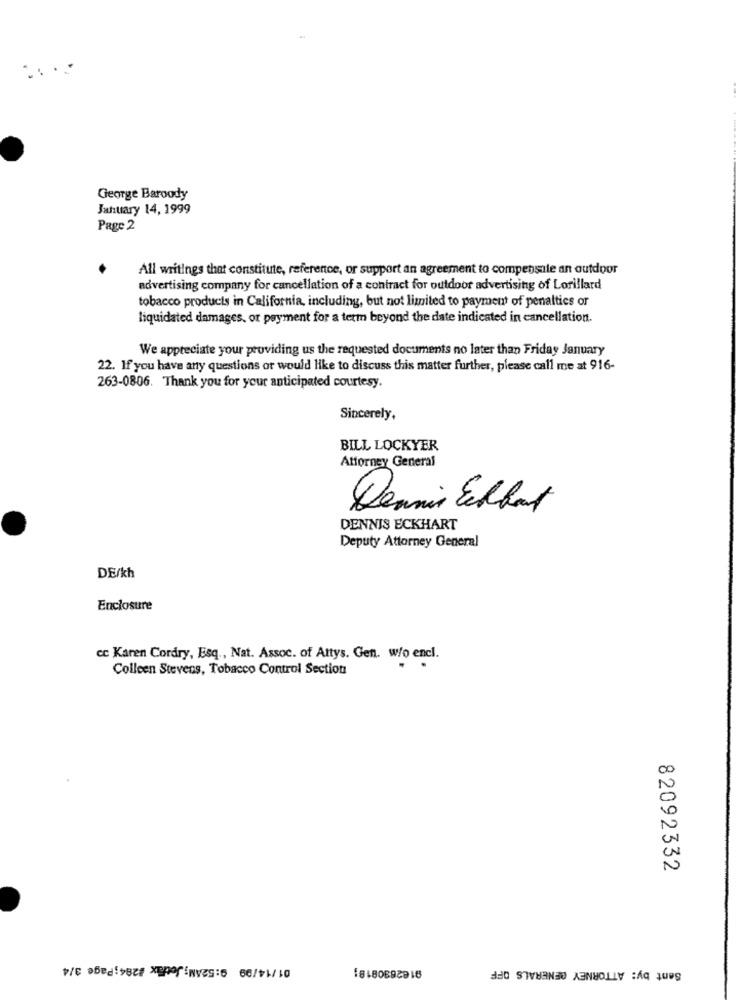
....
George Baroody
January 14, 1999
Page 2
All writings that constitute, reference, or support an agreement to compensate an outdoor
advertising company for cancellation of a contract for outdoor advertising of Lorillard
tobacco products in California, including, but not limited to payment of penalties or
liquidated damages, or payment for a term beyond the date indicated in cancellation.
We appreciate your providing us the requested documents no later than Friday January
22. If you have any questions or would like to discuss this matter further, please call me at 916-
263-0806. Thank you for your anticipated courtesy.
Sincerely,
BILL LOCKYER
Attorney General
Dennis Edbart
DENNIS ECKHART
Deputy Attorney General
DE/kh
Enclosure
cc Karen Cordry, Esq ., Nat. Assoc. of Attys. Gen. w/o encl.
Colleen Stevens, Tobacco Control Section
82092332
01/14/09 9:52AM; Jetfax #284;Page 3/4
9162630818;
Sent by: ATTORNEY GENERALS OFF